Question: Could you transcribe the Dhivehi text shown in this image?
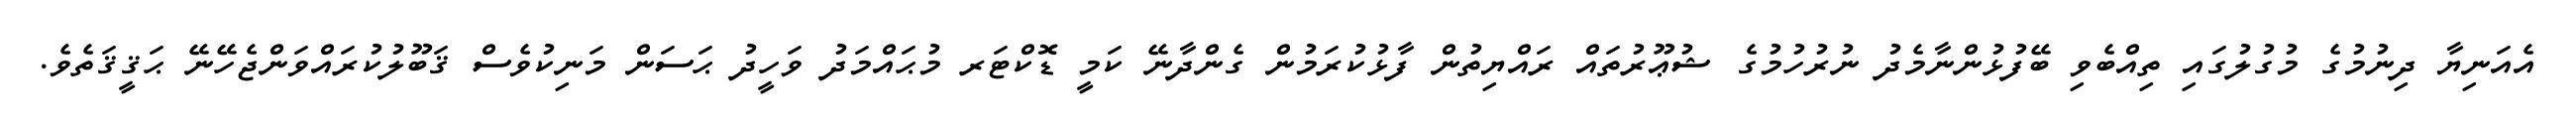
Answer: އެއަނިޔާ ދިނުމުގެ މުގުލުގައި ތިއްބެވި ބޭފުޅުންނާމެދު ނުރުހުމުގެ ޝުޢޫރުތައް ރައްޔިތުން ފާޅުކުރަމުން ގެންދާނޭ ކަމީ ޑޮކްޓަރ މުޙައްމަދު ވަހީދު ޙަސަން މަނިކުވެސް ޤަބޫލުކުރައްވަންޖެހޭނޭ ޙަޤީޤަތެވެ.